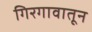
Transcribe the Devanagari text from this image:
गिरगावातून